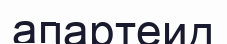
апартеид